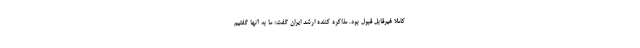
کاملا غیرقابل قبول بود. مذاکره کننده ارشد ایران گفت: ما به آنها گفتیم